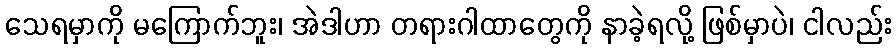
သေရမှာကို မကြောက်ဘူး၊ အဲဒါဟာ တရားဂါထာတွေကို နာခဲ့ရလို့ ဖြစ်မှာပဲ၊ ငါလည်း